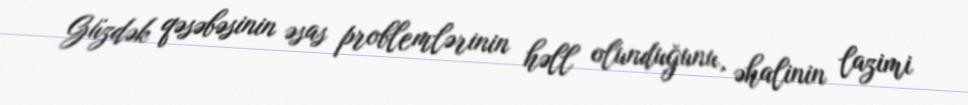
Güzdək qəsəbəsinin əsas problemlərinin həll olunduğunu, əhalinin lazimi